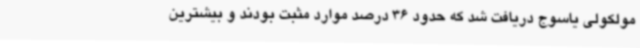
مولکولی یاسوج دریافت شد که حدود 36 درصد موارد مثبت بودند و بیشترین